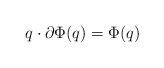
\begin{align*} q\cdot\partial\Phi(q)=\Phi(q)\end{align*}